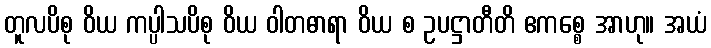
တူလပိစု ဝိယ ကပ္ပါသပိစု ဝိယ ဝါတဓာရာ ဝိယ စ ဥပဋ္ဌာတီတိ ဧကစ္စေ အာဟု။ အယံ